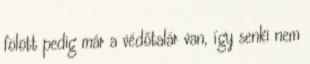
fölött pedig már a védőtalár van, így senki nem